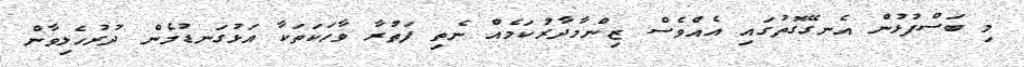
މި ބަސްފުޅުން އެނގޭގޮތުގައި އެއްވެސް ޒިންމާދާރުކަމެއް ނެތި ފަތުރާ ވާހަކަތަކާ އަޅުގަނޑުމެން ދުރުހެލިވާން